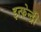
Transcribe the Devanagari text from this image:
इन्फ़ेन्ट्री